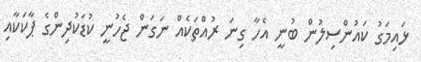
ޅައިމަގު ކައުންސިލުން ބުނީ އެހާ ގިނަ ރުއްތަކެއް ނަގަން ޖެހުނީ ކުޑަކުދިންގެ ޕާކަކާއި